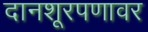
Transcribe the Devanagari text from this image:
दानशूरपणावर